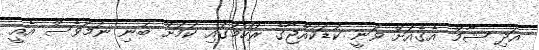
އަދި ޝާމް އެގެއަށް ވަނީ ކުޑަކުއްޖާގެ ރުހުމުގައި ކަމަށް ބުނި ނަމަވެސް އެއީ